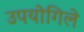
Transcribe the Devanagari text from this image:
उपयोगिले